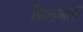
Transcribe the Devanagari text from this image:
जिल्ह्य़ाची